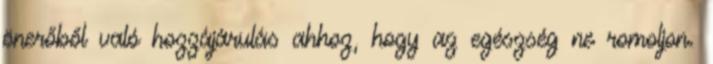
önerőből való hozzájárulás ahhoz, hogy az egészség ne romoljon.